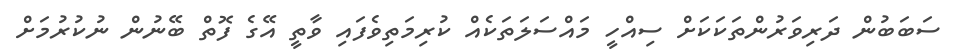
ސަބަބުން ދަރިވަރުންތަކަކަށް ސިއްހީ މައްސަލަތަކެއް ކުރިމަތިވެފައި ވާތީ އޭގެ ފޮތް ބޭނުން ނުކުރުމަށް